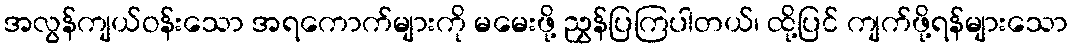
အလွန်ကျယ်ဝန်းသော အရကောက်များကို မမေးဖို့ ညွှန်ပြကြပါတယ်၊ ထို့ပြင် ကျက်ဖို့ရန်များသော